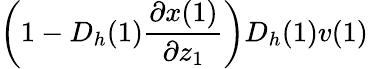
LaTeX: \left(1-D_{h}(1)\frac{\partial x(1)}{\partial z_{1}}\right)D_{h}(1)v(1)